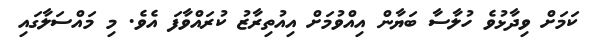
ކަމަށް ވިދާޅުވެ ހުލާސާ ބަޔާން އިއްވުމަށް އިއުތިރާޒު ކުރައްވާފަ އެވެ. މި މައްސަލާގައި